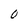
Character: O